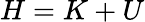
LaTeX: H=K+U